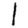
Digit: 1